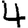
Digit: 4